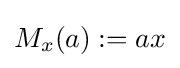
M_{x}(a):=ax